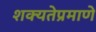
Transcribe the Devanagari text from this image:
शक्यतेप्रमाणे